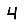
Digit: 4